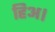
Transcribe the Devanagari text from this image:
हिअ।